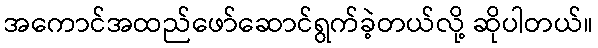
အကောင်အထည်ဖော်ဆောင်ရွက်ခဲ့တယ်လို့ ဆိုပါတယ်။